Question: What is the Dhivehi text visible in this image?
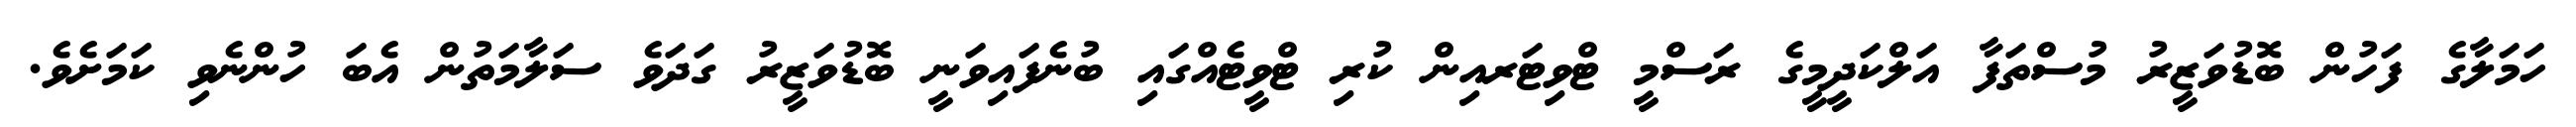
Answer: ހަމަލާގެ ފަހުން ބޮޑުވަޒީރު މުސްތަފާ އަލްކަދީމީގެ ރަސްމީ ޓްވިޓަރއިން ކުރި ޓްވީޓެއްގައި ބުނެފައިވަނީ ބޮޑުވަޒީރު ގަދަވެ ސަލާމަތުން އެބަ ހުންނެވި ކަމަށެވެ.